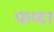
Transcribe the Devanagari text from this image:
फय्दा